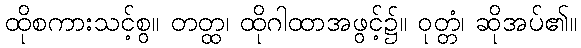
ထိုစကားသင့်စွ။ တတ္ထ၊ ထိုဂါထာအဖွင့်၌။ ဝုတ္တံ၊ ဆိုအပ်၏။